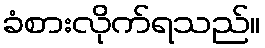
ခံစားလိုက်ရသည်။